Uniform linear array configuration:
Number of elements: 4
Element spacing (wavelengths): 0.25
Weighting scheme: blackman
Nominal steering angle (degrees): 30
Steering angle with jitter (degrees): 30.129
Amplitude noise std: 0.05
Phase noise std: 0.05

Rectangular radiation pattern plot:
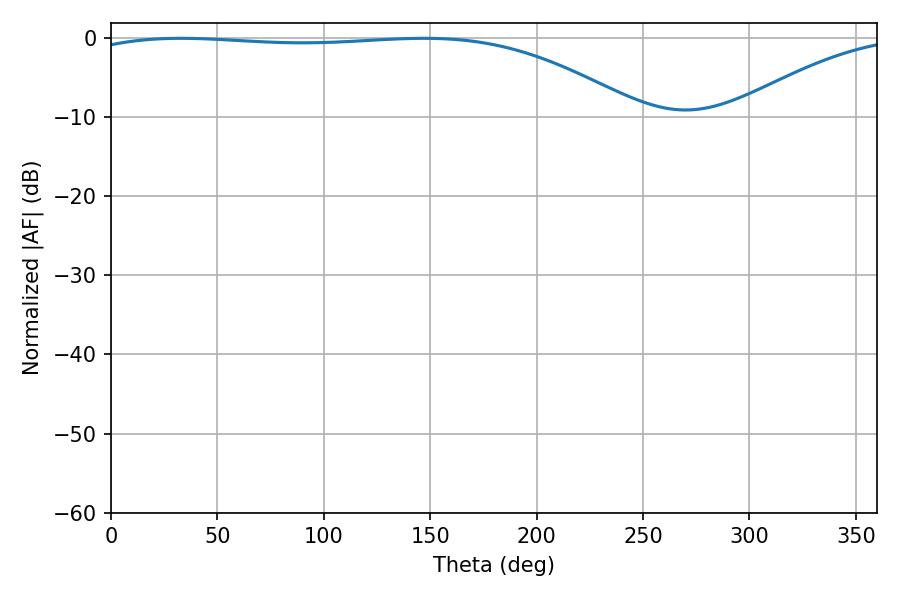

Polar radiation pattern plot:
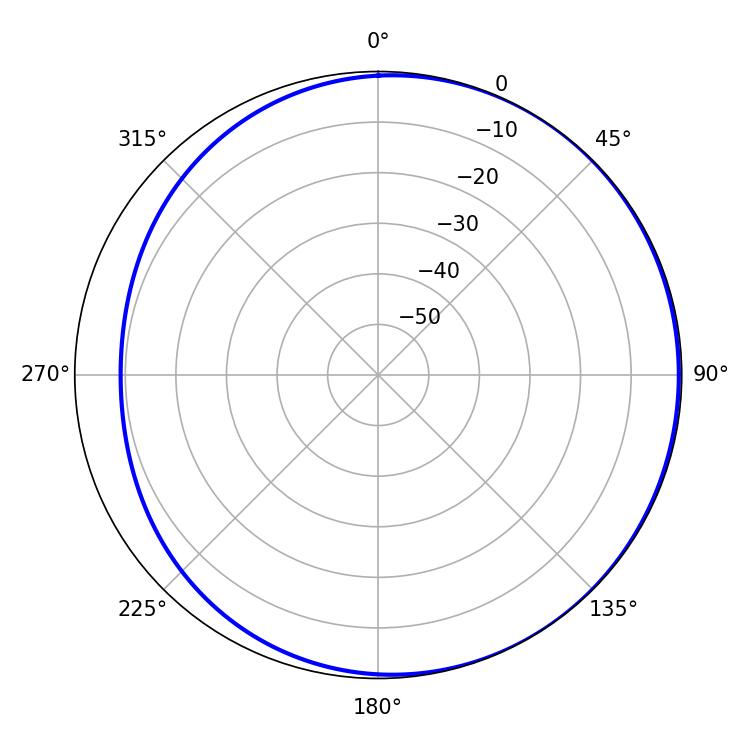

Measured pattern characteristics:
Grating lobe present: FALSE
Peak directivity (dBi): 1.737
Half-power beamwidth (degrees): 207.18
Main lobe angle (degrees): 32.94